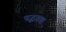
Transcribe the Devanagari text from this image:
पद्धतच